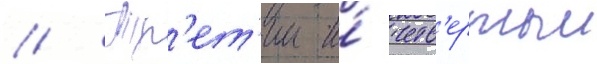
// Тр'ет'ии и́ четв'ертыи